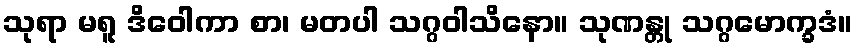
သုရာ မရူ ဒိဝေါကာ စာ၊ မတပါ သဂ္ဂဝါသိနော။ သုဏန္တု သဂ္ဂမောက္ခဒံ။